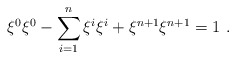
\begin{align*} \xi^0\xi^0-\sum_{i=1}^n\xi^i\xi^i+\xi^{n+1}\xi^{n+1}=1~.\end{align*}